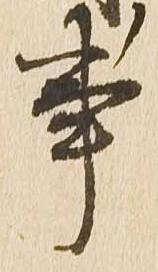
事